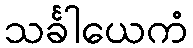
သင်္ခါယေကံ